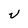
Character: V